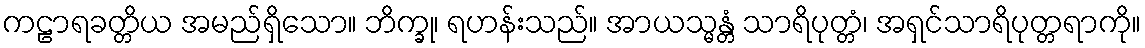
ကဠာရခတ္တိယ အမည်ရှိသော။ ဘိက္ခု၊ ရဟန်းသည်။ အာယသ္မန္တံ သာရိပုတ္တံ၊ အရှင်သာရိပုတ္တရာကို။